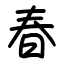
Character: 春